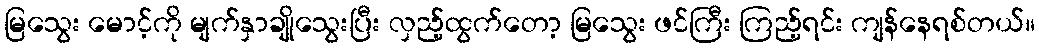
မြသွေး မောင့်ကို မျက်နှာချိုသွေးပြီး လှည့်ထွက်တော့ မြသွေး ဖင်ကြီး ကြည့်ရင်း ကျန်နေရစ်တယ်။